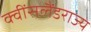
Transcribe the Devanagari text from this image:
क्वींसलैंडराज्य